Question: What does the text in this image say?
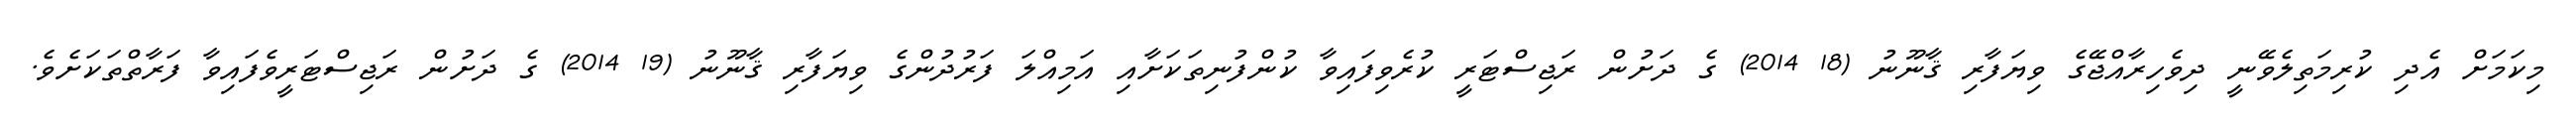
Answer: މިކަމަށް އެދި ކުރިމަތިލެވޭނީ ދިވެހިރާއްޖޭގެ ވިޔަފާރި ޤާނޫނު (18 2014) ގެ ދަށުން ރަޖިސްޓަރީ ކުރެވިފައިވާ ކުންފުނިތަކަށާއި އަމިއްލަ ފަރުދުންގެ ވިޔަފާރި ޤާނޫނު (19 2014) ގެ ދަށުން ރަޖިސްޓަރީވެފައިވާ ފަރާތްތަކަށެވެ.